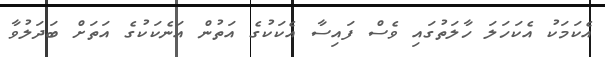
އެކަމަކު އެކަހަލަ ހާލަތުގައި ވެސް ފައިސާ އެކަކުގެ އަތުން އަނެކަކުގެ އަތަށް ބަދަލުވާ